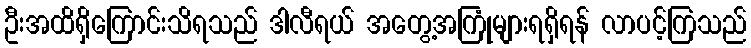
ဦးအထိရှိကြောင်းသိရသည် ဒါလီရယ် အတွေ့အကြုံများရရှိရန် လာပင့်ကြသည်